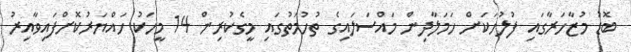
ބޮޑު މުޒާހަރާގައި ފުލުހަކަށް ހަމަލާދިން މައްސަލައިގެ ތުހުމަތުގައި މީގެކުރިން 14 މީހަކު ހައްޔަރުކޮށްފައިވާއިރު